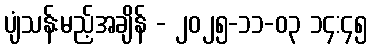
ပျံသန်းမည့်အချိန် - ၂၀၂၅-၁၁-၀၃ ၁၄:၄၅